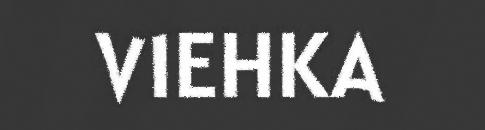
VIEHKA